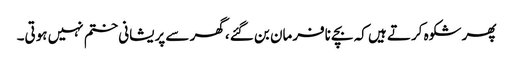
پھر شکوہ کرتے ہیں کہ بچے نافرمان بن گئے، گھر سے پریشانی ختم نہیں ہوتی۔